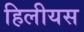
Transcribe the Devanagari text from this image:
हिलीयस